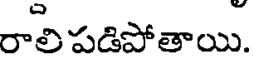
రాలి పడిపోతాయి.